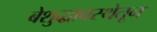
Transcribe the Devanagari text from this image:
बेशुद्धावस्थेतून